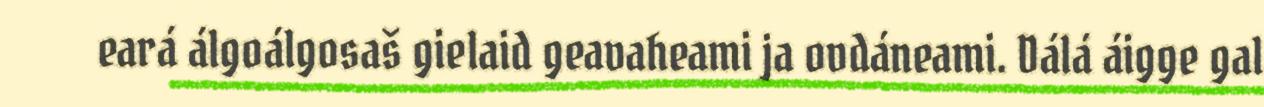
eará álgoálgosaš gielaid geavaheami ja ovdáneami. Dálá áigge gal